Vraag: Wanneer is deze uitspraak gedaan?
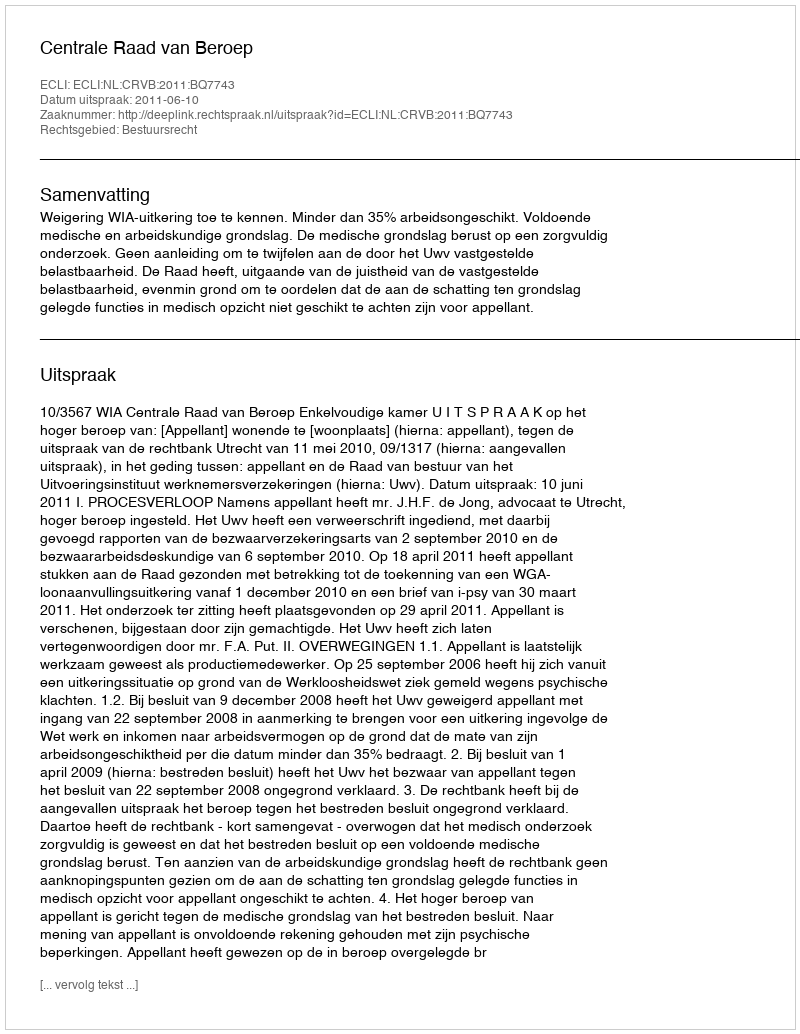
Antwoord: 2011-06-10